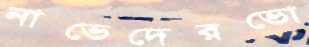
নাভেদেরভো